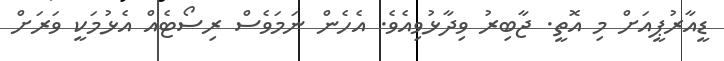
ޑީއާރުޕީއަށް މި އޮތީ. ޖާބިރު ވިދާޅުވިއެވެ. އެހެން ނަމަވެސް ރިސޯޓެއް އެޅުމަކީ ވަރަށް